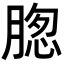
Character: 𮌢